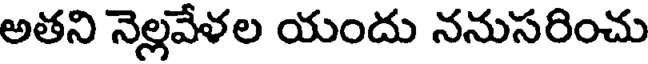
అతని నెల్లవేళల యందు ననుసరించు